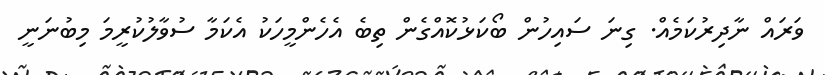
ވަރައް ނާދިރުކަމެއް. ގިނަ ސައިހުން ބޯކަޅުކޮއްގެން ތިބެ އެހެންމީހަކު އެކަމާ ސުވާލުކުރީމަ މިބުނަނީ